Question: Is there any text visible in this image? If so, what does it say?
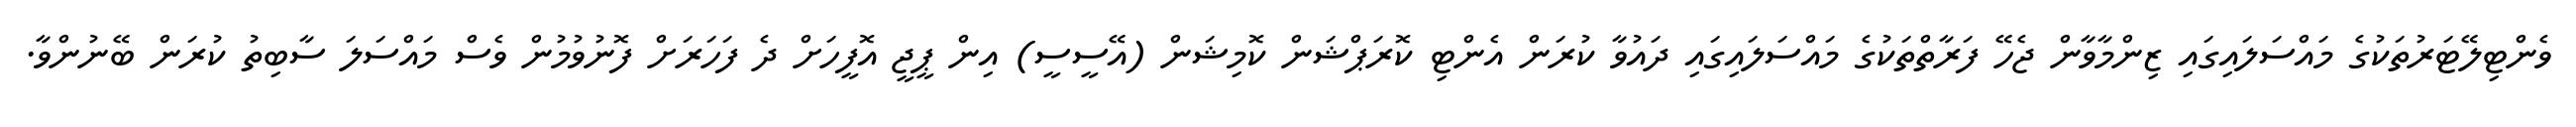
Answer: ވެންޓިލޭޓަރުތަކުގެ މައްސަލައިގައި ޒިންމާވާން ޖެހޭ ފަރާތްތަކުގެ މައްސަލައިގައި ދައުވާ ކުރަން އެންޓި ކޮރަޕްޝަން ކޮމިޝަން (އޭސީސީ) އިން ޕީޖީ އޮފީހަށް ދެ ފަހަރަށް ފޮނުވުމުން ވެސް މައްސަލަ ސާބިތު ކުރަން ބޭނުންވާ.